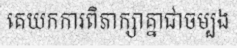
គេយកការពិភាក្សាគ្នាជាចម្បង